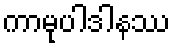
ကာမုပါဒါနဿ